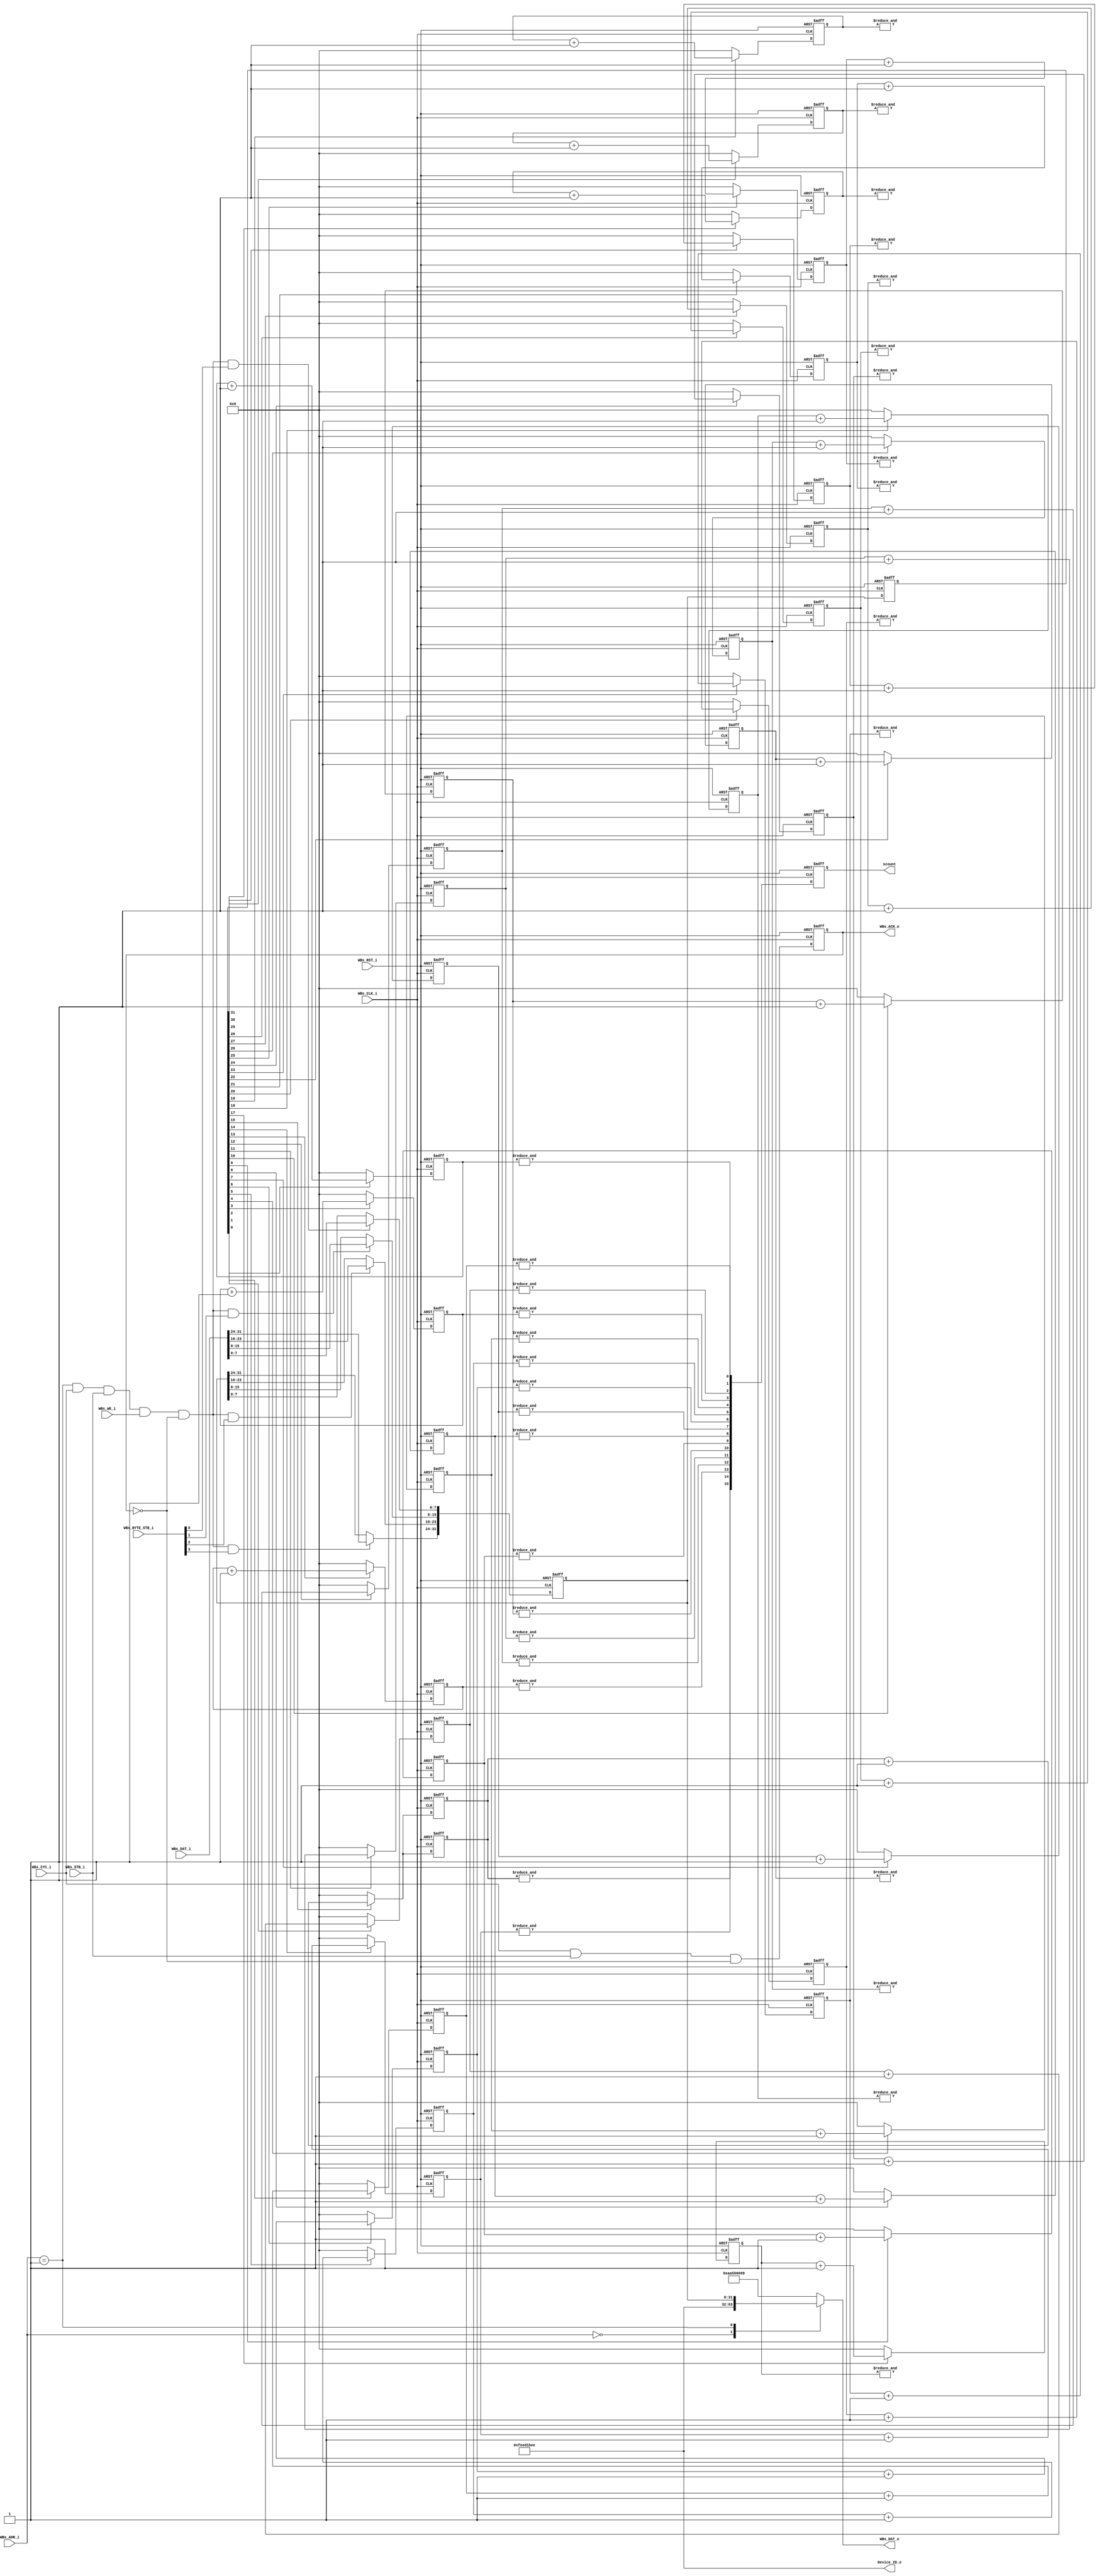
`timescale 1ns / 10ps
module AL4S3B_FPGA_Registers ( 

                         // AHB-To_FPGA Bridge I/F
                         //
                         WBs_ADR_i,
                         WBs_CYC_i,
                         WBs_BYTE_STB_i,
                         WBs_WE_i,
                         WBs_STB_i,
                         WBs_DAT_i,
                         WBs_CLK_i,
                         WBs_RST_i,
                         WBs_DAT_o,
                         WBs_ACK_o,

                         Device_ID_o,
						 	 
                         scount
                         );


//------Port Parameters----------------
//

parameter            ADDRWIDTH                   =   7  ;   // Allow for up to 128 registers in the FPGA
parameter            DATAWIDTH                   =  32  ;   // Allow for up to 128 registers in the FPGA

parameter      	     FPGA_REG_ID_VALUE_ADR     	 =  7'h0; 
parameter      	     FPGA_CNT_EN_REG_ADR       	 =  7'h1;


//------Port Signals-------------------
//

// AHB-To_FPGA Bridge I/F
//
input   [ADDRWIDTH-1:0]  WBs_ADR_i     ;  // Address Bus                to   FPGA
input                    WBs_CYC_i     ;  // Cycle Chip Select          to   FPGA
input             [3:0]  WBs_BYTE_STB_i;  // Byte Select                to   FPGA
input                    WBs_WE_i      ;  // Write Enable               to   FPGA
input                    WBs_STB_i     ;  // Strobe Signal              to   FPGA
input   [DATAWIDTH-1:0]  WBs_DAT_i     ;  // Write Data Bus             to   FPGA
input                    WBs_CLK_i     ;  // FPGA Clock               from FPGA
input                    WBs_RST_i     ;  // FPGA Reset               to   FPGA
output  [DATAWIDTH-1:0]  WBs_DAT_o     ;  // Read Data Bus              from FPGA
output                   WBs_ACK_o     ;  // Transfer Cycle Acknowledge from FPGA

//
// Misc
//
output           [31:0]  Device_ID_o   ;

output           [31:0]  scount    ;
reg           [31:0]  scount    ;


// FPGA Global Signals
//
wire                     WBs_CLK_i     ;  // Wishbone FPGA Clock
wire                     WBs_RST_i     ;  // Wishbone FPGA Reset

// Wishbone Bus Signals
//
wire    [ADDRWIDTH-1:0]  WBs_ADR_i     ;  // Wishbone Address Bus
wire                     WBs_CYC_i     ;  // Wishbone Client Cycle  Strobe (i.e. Chip Select)
wire              [3:0]  WBs_BYTE_STB_i;  // Wishbone Byte   Enables
wire                     WBs_WE_i      ;  // Wishbone Write  Enable Strobe
wire                     WBs_STB_i     ;  // Wishbone Transfer      Strobe
wire    [DATAWIDTH-1:0]  WBs_DAT_i     ;  // Wishbone Write  Data Bus
 
reg     [DATAWIDTH-1:0]  WBs_DAT_o     ;  // Wishbone Read   Data Bus

reg                      WBs_ACK_o     ;  // Wishbone Client Acknowledge

// Misc
//
wire               [31:0] Device_ID_o   ;
wire               [31:0] count   ;
reg				   [31:0] count_enb, count_enbs;
reg			   [15:0] cnt_out0, cnt_out1, cnt_out2, cnt_out3, cnt_out4, cnt_out5, cnt_out6, cnt_out7;
reg			   [15:0] cnt_out8, cnt_out9, cnt_out10, cnt_out11, cnt_out12, cnt_out13, cnt_out14, cnt_out15;
reg			   [15:0] cnt_out16, cnt_out17, cnt_out18, cnt_out19, cnt_out20, cnt_out21, cnt_out22, cnt_out23;
reg			   [15:0] cnt_out24, cnt_out25, cnt_out26, cnt_out27, cnt_out28, cnt_out29, cnt_out30, cnt_out31;


//------Define Parameters--------------
//

//
// None at this time
//

//------Internal Signals---------------
//
wire     FPGA_CNT_SET_RST_Dcd    ;
wire     FPGA_CNT_EN_REG_Dcd ;

wire     WBs_ACK_o_nxt;

//------Logic Operations---------------
//
// Define the FPGA's local register write enables
//
assign FPGA_CNT_EN_REG_Dcd     = ( WBs_ADR_i == FPGA_CNT_EN_REG_ADR     ) & WBs_CYC_i & WBs_STB_i & WBs_WE_i   & (~WBs_ACK_o);

// Define the Acknowledge back to the host for registers
//
assign WBs_ACK_o_nxt  =   WBs_CYC_i & WBs_STB_i & (~WBs_ACK_o);


// Define the FPGA's Local Registers
//
always @( posedge WBs_CLK_i or posedge WBs_RST_i)
begin
    if (WBs_RST_i)
    begin
      count_enb        <= 32'b0;
	  count_enbs       <= 32'b0;
      WBs_ACK_o        <= 1'b0;
	  scount		   <= 32'h0;
    end  
    else
    begin
      if(FPGA_CNT_EN_REG_Dcd && WBs_BYTE_STB_i[0]) begin
        count_enb[7:0]          <= WBs_DAT_i[7:0]  ;
      end
	  if(FPGA_CNT_EN_REG_Dcd && WBs_BYTE_STB_i[1]) begin
        count_enb[15:8]          <= WBs_DAT_i[15:8]  ;
      end
	  if(FPGA_CNT_EN_REG_Dcd && WBs_BYTE_STB_i[2]) begin
        count_enb[23:16]          <= WBs_DAT_i[23:16]  ;
      end
	  if(FPGA_CNT_EN_REG_Dcd && WBs_BYTE_STB_i[3]) begin
        count_enb[31:24]          <= WBs_DAT_i[31:24]  ;
      end
      WBs_ACK_o   <=  WBs_ACK_o_nxt;
	  count_enbs  <=  count_enb;
	  scount      <=  count;
    end  
end

// Define the how to read the local registers and memory
//
assign Device_ID_o = 32'hfeed_1bee ;
always @(
         WBs_ADR_i         or
         Device_ID_o       or
         count_enb               
 )
 begin
    case(WBs_ADR_i[ADDRWIDTH-1:0])
		FPGA_REG_ID_VALUE_ADR     : WBs_DAT_o <= Device_ID_o;
		FPGA_CNT_EN_REG_ADR       : WBs_DAT_o <= count_enb;
		default                   : WBs_DAT_o <= 32'haa55_6699;
	endcase
end

// Counters in parallel
assign count[0] = &{cnt_out0};
always @( posedge WBs_CLK_i or posedge WBs_RST_i)
begin
  if (WBs_RST_i) begin
    cnt_out0  <= 16'h0     ;
  end  
  else begin
    if (count_enbs[0])
      cnt_out0 <= cnt_out0 + 1;
    else
      cnt_out0 <= 16'h0;
    end  
end

assign count[1] = &{cnt_out1};
always @( posedge WBs_CLK_i or posedge WBs_RST_i)
begin
  if (WBs_RST_i) begin
    cnt_out1 <= 16'h0     ;
  end  
  else begin
    if (count_enbs[1])
      cnt_out1 <= cnt_out1+ 1;
    else
      cnt_out1 <= 16'h0;
    end  
end

assign count[2] = &{cnt_out2};
always @( posedge WBs_CLK_i or posedge WBs_RST_i)
begin
  if (WBs_RST_i) begin
    cnt_out2 <= 16'h0     ;
  end  
  else begin
    if (count_enbs[2])
      cnt_out2 <= cnt_out2+ 1;
    else
      cnt_out2 <= 16'h0;
    end  
end

assign count[3] = &{cnt_out3};
always @( posedge WBs_CLK_i or posedge WBs_RST_i)
begin
  if (WBs_RST_i) begin
    cnt_out3 <= 16'h0     ;
  end  
  else begin
    if (count_enbs[3])
      cnt_out3 <= cnt_out3+ 1;
    else
      cnt_out3 <= 16'h0;
    end  
end

assign count[4] = &{cnt_out4};
always @( posedge WBs_CLK_i or posedge WBs_RST_i)
begin
  if (WBs_RST_i) begin
    cnt_out4 <= 16'h0     ;
  end  
  else begin
    if (count_enbs[4])
      cnt_out4 <= cnt_out4+ 1;
    else
      cnt_out4 <= 16'h0;
    end  
end

assign count[5] = &{cnt_out5};
always @( posedge WBs_CLK_i or posedge WBs_RST_i)
begin
  if (WBs_RST_i) begin
    cnt_out5 <= 16'h0     ;
  end  
  else begin
    if (count_enbs[5])
      cnt_out5 <= cnt_out5+ 1;
    else
      cnt_out5 <= 16'h0;
    end  
end

assign count[6] = &{cnt_out6};
always @( posedge WBs_CLK_i or posedge WBs_RST_i)
begin
  if (WBs_RST_i) begin
    cnt_out6 <= 16'h0     ;
  end  
  else begin
    if (count_enbs[6])
      cnt_out6 <= cnt_out6+ 1;
    else
      cnt_out6 <= 16'h0;
    end  
end

assign count[7] = &{cnt_out7};
always @( posedge WBs_CLK_i or posedge WBs_RST_i)
begin
  if (WBs_RST_i) begin
    cnt_out7 <= 16'h0     ;
  end  
  else begin
    if (count_enbs[7])
      cnt_out7 <= cnt_out7+ 1;
    else
      cnt_out7 <= 16'h0;
    end  
end

assign count[8] = &{cnt_out8};
always @( posedge WBs_CLK_i or posedge WBs_RST_i)
begin
  if (WBs_RST_i) begin
    cnt_out8 <= 16'h0     ;
  end  
  else begin
    if (count_enbs[8])
      cnt_out8 <= cnt_out8+ 1;
    else
      cnt_out8 <= 16'h0;
    end  
end

assign count[9] = &{cnt_out9};
always @( posedge WBs_CLK_i or posedge WBs_RST_i)
begin
  if (WBs_RST_i) begin
    cnt_out9 <= 16'h0     ;
  end  
  else begin
    if (count_enbs[9])
      cnt_out9 <= cnt_out9+ 1;
    else
      cnt_out9 <= 16'h0;
    end  
end

assign count[10] = &{cnt_out10};
always @( posedge WBs_CLK_i or posedge WBs_RST_i)
begin
  if (WBs_RST_i) begin
    cnt_out10 <= 16'h0     ;
  end  
  else begin
    if (count_enbs[10])
      cnt_out10 <= cnt_out10+ 1;
    else
      cnt_out10 <= 16'h0;
    end  
end

assign count[11] = &{cnt_out11};
always @( posedge WBs_CLK_i or posedge WBs_RST_i)
begin
  if (WBs_RST_i) begin
    cnt_out11 <= 16'h0     ;
  end  
  else begin
    if (count_enbs[11])
      cnt_out11 <= cnt_out11+ 1;
    else
      cnt_out11 <= 16'h0;
    end  
end

assign count[12] = &{cnt_out12};
always @( posedge WBs_CLK_i or posedge WBs_RST_i)
begin
  if (WBs_RST_i) begin
    cnt_out12 <= 16'h0     ;
  end  
  else begin
    if (count_enbs[12])
      cnt_out12 <= cnt_out12+ 1;
    else
      cnt_out12 <= 16'h0;
    end  
end

assign count[13] = &{cnt_out13};
always @( posedge WBs_CLK_i or posedge WBs_RST_i)
begin
  if (WBs_RST_i) begin
    cnt_out13 <= 16'h0     ;
  end  
  else begin
    if (count_enbs[13])
      cnt_out13 <= cnt_out13+ 1;
    else
      cnt_out13 <= 16'h0;
    end  
end

assign count[14] = &{cnt_out14};
always @( posedge WBs_CLK_i or posedge WBs_RST_i)
begin
  if (WBs_RST_i) begin
    cnt_out14 <= 16'h0     ;
  end  
  else begin
    if (count_enbs[14])
      cnt_out14 <= cnt_out14+ 1;
    else
      cnt_out14 <= 16'h0;
    end  
end

assign count[15] = &{cnt_out15};
always @( posedge WBs_CLK_i or posedge WBs_RST_i)
begin
  if (WBs_RST_i) begin
    cnt_out15 <= 16'h0     ;
  end  
  else begin
    if (count_enbs[15])
      cnt_out15 <= cnt_out15+ 1;
    else
      cnt_out15 <= 16'h0;
    end  
end

assign count[15] = &{cnt_out15};
always @( posedge WBs_CLK_i or posedge WBs_RST_i)
begin
  if (WBs_RST_i) begin
    cnt_out15 <= 16'h0     ;
  end  
  else begin
    if (count_enbs[15])
      cnt_out15 <= cnt_out15+ 1;
    else
      cnt_out15 <= 16'h0;
    end  
end

assign count[17] = &{cnt_out17};
always @( posedge WBs_CLK_i or posedge WBs_RST_i)
begin
  if (WBs_RST_i) begin
    cnt_out17 <= 16'h0     ;
  end  
  else begin
    if (count_enbs[17])
      cnt_out17 <= cnt_out17+ 1;
    else
      cnt_out17 <= 16'h0;
    end  
end

assign count[18] = &{cnt_out18};
always @( posedge WBs_CLK_i or posedge WBs_RST_i)
begin
  if (WBs_RST_i) begin
    cnt_out18 <= 16'h0     ;
  end  
  else begin
    if (count_enbs[18])
      cnt_out18 <= cnt_out18+ 1;
    else
      cnt_out18 <= 16'h0;
    end  
end

assign count[19] = &{cnt_out19};
always @( posedge WBs_CLK_i or posedge WBs_RST_i)
begin
  if (WBs_RST_i) begin
    cnt_out19 <= 16'h0     ;
  end  
  else begin
    if (count_enbs[19])
      cnt_out19 <= cnt_out19+ 1;
    else
      cnt_out19 <= 16'h0;
    end  
end

assign count[20] = &{cnt_out20};
always @( posedge WBs_CLK_i or posedge WBs_RST_i)
begin
  if (WBs_RST_i) begin
    cnt_out20 <= 16'h0     ;
  end  
  else begin
    if (count_enbs[20])
      cnt_out20 <= cnt_out20+ 1;
    else
      cnt_out20 <= 16'h0;
    end  
end

assign count[21] = &{cnt_out21};
always @( posedge WBs_CLK_i or posedge WBs_RST_i)
begin
  if (WBs_RST_i) begin
    cnt_out21 <= 16'h0     ;
  end  
  else begin
    if (count_enbs[21])
      cnt_out21 <= cnt_out21+ 1;
    else
      cnt_out21 <= 16'h0;
    end  
end

assign count[22] = &{cnt_out22};
always @( posedge WBs_CLK_i or posedge WBs_RST_i)
begin
  if (WBs_RST_i) begin
    cnt_out22 <= 16'h0     ;
  end  
  else begin
    if (count_enbs[22])
      cnt_out22 <= cnt_out22+ 1;
    else
      cnt_out22 <= 16'h0;
    end  
end

assign count[23] = &{cnt_out23};
always @( posedge WBs_CLK_i or posedge WBs_RST_i)
begin
  if (WBs_RST_i) begin
    cnt_out23 <= 16'h0     ;
  end  
  else begin
    if (count_enbs[23])
      cnt_out23 <= cnt_out23+ 1;
    else
      cnt_out23 <= 16'h0;
    end  
end

assign count[24] = &{cnt_out24};
always @( posedge WBs_CLK_i or posedge WBs_RST_i)
begin
  if (WBs_RST_i) begin
    cnt_out24 <= 16'h0     ;
  end  
  else begin
    if (count_enbs[24])
      cnt_out24 <= cnt_out24+ 1;
    else
      cnt_out24 <= 16'h0;
    end  
end

assign count[25] = &{cnt_out25};
always @( posedge WBs_CLK_i or posedge WBs_RST_i)
begin
  if (WBs_RST_i) begin
    cnt_out25 <= 16'h0     ;
  end  
  else begin
    if (count_enbs[25])
      cnt_out25 <= cnt_out25+ 1;
    else
      cnt_out25 <= 16'h0;
    end  
end

assign count[26] = &{cnt_out26};
always @( posedge WBs_CLK_i or posedge WBs_RST_i)
begin
  if (WBs_RST_i) begin
    cnt_out26 <= 16'h0     ;
  end  
  else begin
    if (count_enbs[26])
      cnt_out26 <= cnt_out26+ 1;
    else
      cnt_out26 <= 16'h0;
    end  
end

assign count[27] = &{cnt_out27};
always @( posedge WBs_CLK_i or posedge WBs_RST_i)
begin
  if (WBs_RST_i) begin
    cnt_out27 <= 16'h0     ;
  end  
  else begin
    if (count_enbs[27])
      cnt_out27 <= cnt_out27+ 1;
    else
      cnt_out27 <= 16'h0;
    end  
end

assign count[28] = &{cnt_out28};
always @( posedge WBs_CLK_i or posedge WBs_RST_i)
begin
  if (WBs_RST_i) begin
    cnt_out28 <= 16'h0     ;
  end  
  else begin
    if (count_enbs[28])
      cnt_out28 <= cnt_out28+ 1;
    else
      cnt_out28 <= 16'h0;
    end  
end

assign count[29] = &{cnt_out29};
always @( posedge WBs_CLK_i or posedge WBs_RST_i)
begin
  if (WBs_RST_i) begin
    cnt_out29 <= 16'h0     ;
  end  
  else begin
    if (count_enbs[29])
      cnt_out29 <= cnt_out29+ 1;
    else
      cnt_out29 <= 16'h0;
    end  
end

assign count[30] = &{cnt_out30};
always @( posedge WBs_CLK_i or posedge WBs_RST_i)
begin
  if (WBs_RST_i) begin
    cnt_out30 <= 16'h0     ;
  end  
  else begin
    if (count_enbs[30])
      cnt_out30 <= cnt_out30+ 1;
    else
      cnt_out30 <= 16'h0;
    end  
end

assign count[31] = &{cnt_out31};
always @( posedge WBs_CLK_i or posedge WBs_RST_i)
begin
  if (WBs_RST_i) begin
    cnt_out31 <= 16'h0     ;
  end  
  else begin
    if (count_enbs[31])
      cnt_out31 <= cnt_out31+ 1;
    else
      cnt_out31 <= 16'h0;
    end  
end

endmodule